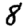
Digit: 8